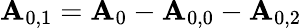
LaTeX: {\mathbf{A}_{0,1}}={\mathbf{A}_{0}}-{\mathbf{A}_{0,0}}-{\mathbf{A}_{0,2}}